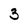
Character: 3